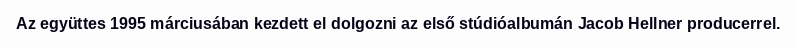
Az együttes 1995 márciusában kezdett el dolgozni az első stúdióalbumán Jacob Hellner producerrel.